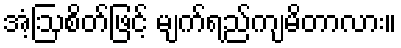
အံ့ဩစိတ်ဖြင့် မျက်ရည်ကျမိတာလား။